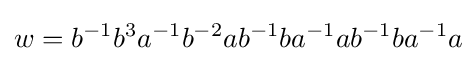
w=b^{-1}b^{3}a^{-1}b^{-2}ab^{-1}ba^{-1}ab^{-1}ba^{-1}a